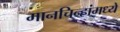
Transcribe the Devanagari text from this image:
मानचिन्हांमध्ये